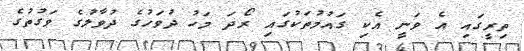
ތިރީގައި އެ ވަނީ އެކި ގައުމުތަކުގައި ރޯދަ މަހު ދުވަހުގެ ދުވާލުގެ ވަގުތުގެ